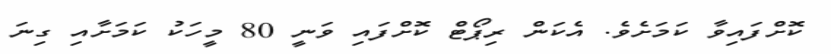
ކޮށްފައިވާ ކަމަށެވެ. އެކަން ރިޕޯޓް ކޮށްފައި ވަނީ 80 މީހަކު ކަމަށާއި ގިނަ